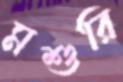
মশুরি